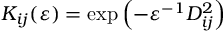
K _ { i j } ( \varepsilon ) = \exp \left( - \varepsilon ^ { - 1 } D _ { i j } ^ { 2 } \right)